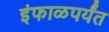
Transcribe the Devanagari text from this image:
इंफाळपर्यंत